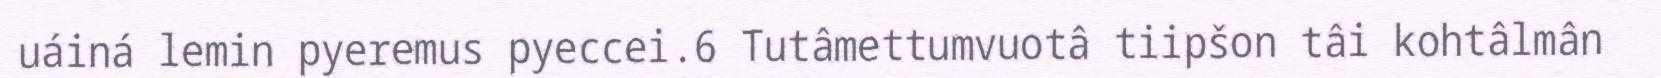
uáiná lemin pyeremus pyeccei.6 Tutâmettumvuotâ tiipšon tâi kohtâlmân